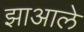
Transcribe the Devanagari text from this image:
झाआले